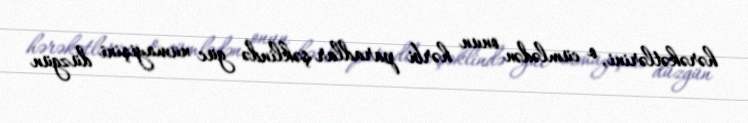
hərəkətlərini, o cümlədən onun hərbi paradlar şəklində güc nümayişini düzgün